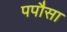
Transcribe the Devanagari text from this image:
पपौसा